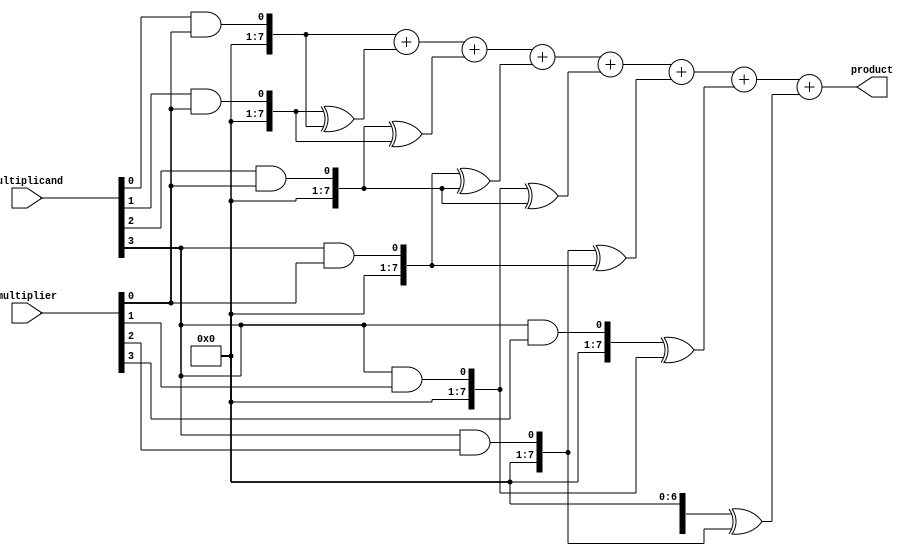
module dadda_multiplier(
    input [3:0] multiplicand,
    input [3:0] multiplier,
    output reg [7:0] product
);

reg [7:0] partial_products[15:0];
reg [7:0] reduced_partial_products[7:0];

// Partial Product Generation
genvar i, j;
generate
    for (i = 0; i < 4; i = i + 1) begin
        for (j = 0; j < 4; j = j + 1) begin
            assign partial_products[i+j] = multiplicand[i] & multiplier[j];
        end
    end
endgenerate

// Partial Product Reduction
always @* begin
    reduced_partial_products[0] = partial_products[0];
    reduced_partial_products[1] = partial_products[1] ^ partial_products[0];
    reduced_partial_products[2] = partial_products[2] ^ partial_products[1];
    reduced_partial_products[3] = partial_products[3] ^ partial_products[2];
    reduced_partial_products[4] = partial_products[4] ^ partial_products[2];
    reduced_partial_products[5] = partial_products[5] ^ partial_products[3];
    reduced_partial_products[6] = partial_products[6] ^ partial_products[4];
    reduced_partial_products[7] = partial_products[7] ^ partial_products[5];
end

// Final Addition Stage
always @* begin
    product = reduced_partial_products[0] + reduced_partial_products[1] + reduced_partial_products[2] + reduced_partial_products[3]
            + reduced_partial_products[4] + reduced_partial_products[5] + reduced_partial_products[6] + reduced_partial_products[7];
end

endmodule